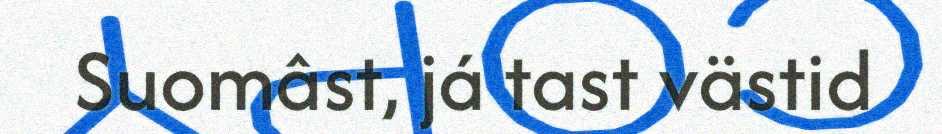
Suomâst, já tast västid